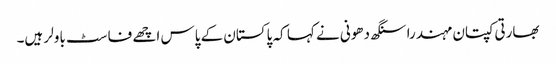
بھارتی کپتان مہندرا سنگھ دھونی نے کہا کہ پاکستان کے پاس اچھے فاسٹ باولر ہیں۔